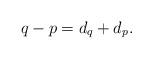
LaTeX: \begin{align*}q-p=d_{q}+d_{p}.\end{align*}